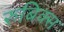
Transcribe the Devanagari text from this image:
रुबिक्स